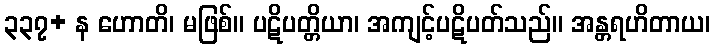
၃၃၇+ န ဟောတိ၊ မဖြစ်။ ပဋိပတ္တိယာ၊ အကျင့်ပဋိပတ်သည်။ အန္တရဟိတာယ၊